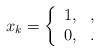
LaTeX: \begin{align*}x_k=\left\{\begin{array}{lcl}1,& ,\\0,& .\end{array}\right.\end{align*}